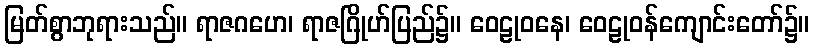
မြတ်စွာဘုရားသည်။ ရာဇဂဟေ၊ ရာဇဂြိုဟ်ပြည်၌။ ဝေဠုဝနေ၊ ဝေဠုဝန်ကျောင်းတော်၌။